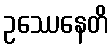
ဥဿေနေတိ